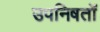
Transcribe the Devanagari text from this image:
उपनिषतों